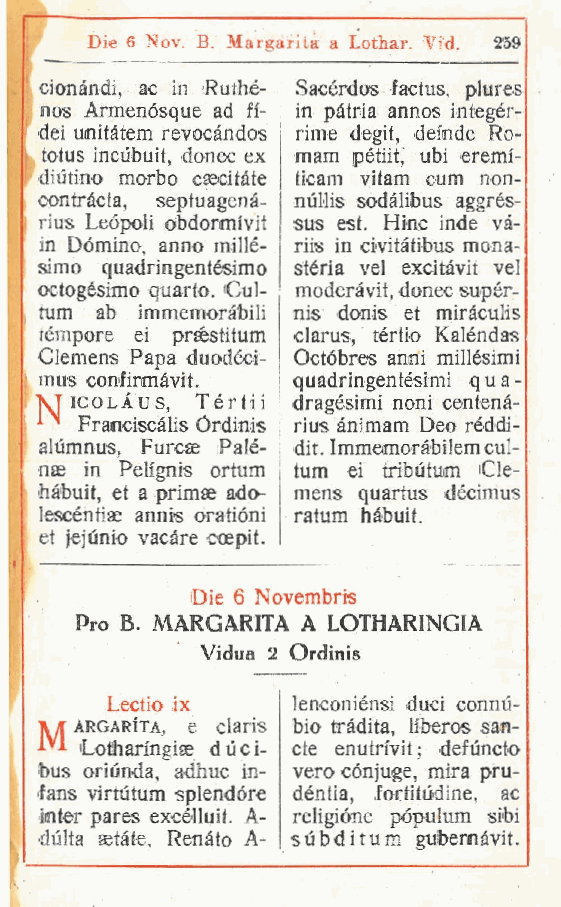
Die 6 Nov. B. Margarita a Lothar. Vid. 259
 cionàndi ac in Ruthe- | Sacérdos factus, plures
 ,
 nos Armenósque ad fi- i in pàtria annos integér-
 dei unitàtem revocàndos ; rime degit, demde Ro-
 totus incùbuit, donec ex i mam pétiit, ubi eremi-
 , diutino morbo csecitàe j ticam vitam cum non-
 contràcta, septuagenà- j nuUis sodàlibus aggrés-
 rius Leópoli obdormivif I stis est. Hinc inde và-
 '
 in Dòmino anno millè- riis in civitàtibus mona-
 ,
 simo quadringentésimo stéria vel excitàvit ve!
 octogésimo quarto. Cui- moderàvit, donec supér-
 tum ab immemoràbili nis donis et miràculis
 tèmpore ei préstitum clarus, tèrtio Kalèndas
 Clemens Papa duodèci- Octóbres anni millèsimi
 mus confinmàvit. i quadringentèsimi q u a -
 VTicolàus  Tèrtii dragésimi noni centenà-
 Franciscà,lis Órdini s rìus ànimam Deo rèddi-
 alùmnus, Furcae Palé- dit. Immemoràbilemcul-
 nae in Pelignis ortum tum ei tributum Cle-
 iiàtmit et a primae ado- mens quartus décimus
 ,
 lescéntiae annis oratióni ratum hàbuit.
 et jejùnio vacàre ccepit.
 Die 6 Novembris
 Pro B. MARGARITA A LOTHARINGIA
 Vidua 2 Ordinis
 Lectio ix   lenconiènsi duci connu-
 A* argarita, e claris bio tràdita, liberos san-
 'A iLoìiaringise duci- cte enutrivit ; defuncto
 bus oriunda, adhuc in- vero cónjuge, mira pru-
 fans virtutum splendóre déntia, fortitudine, ac
 imter pares excélluit. A- religióne pópulum si'bi
 diilta setàte. Renàto A- sub di tu m gubernàvit.
 t
 t